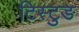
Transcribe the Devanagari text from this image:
टिस्टुङ